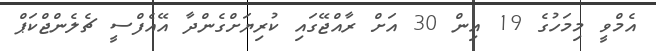
އެމްވީ މިމަހުގެ 19 އިން 30 އަށް ރާއްޖޭގައި ކުރިޔަށްގެންދާ އޭއެފްސީ ޗެލެންޖްކަޕް